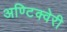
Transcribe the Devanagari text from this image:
अण्टिक्वेरी